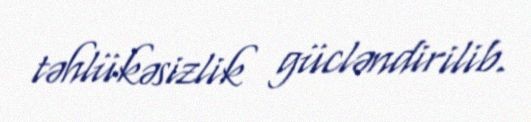
təhlükəsizlik gücləndirilib.